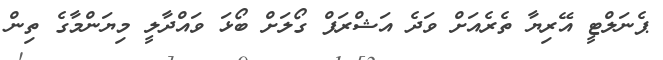
ޕެނަލްޓީ އޭރިޔާ ތެރެއަށް ވަދެ އަޝްރަފް ގޯލަށް ބޯޅަ ވައްދާލީ މިޔަންމާގެ ތިން